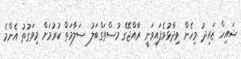
ޝައިހް ޒައިދު މިހެން ވިދާޅުވެފައިވަނީ ރާއްޖޭގެ މުސްތަގްބަލު ސަލާމަތް ކުރުމަށް މިވަގުތު އެންމެ